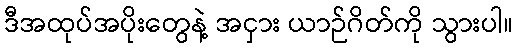
ဒီအထုပ်အပိုးတွေနဲ့ အငှား ယာဉ်ဂိတ်ကို သွားပါ။